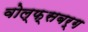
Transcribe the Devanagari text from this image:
वोल्फ़्सबर्ग